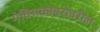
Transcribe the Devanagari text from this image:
मेक्सिकोबरोबरील